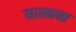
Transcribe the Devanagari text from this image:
यास्कचा